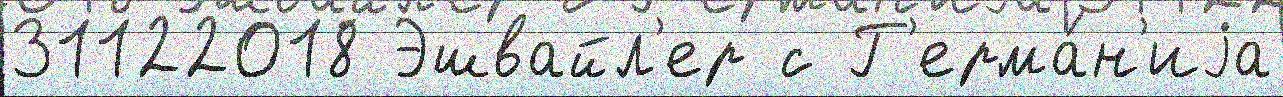
31122018 Эшвайл'ер с Г'ерма́н'иjа